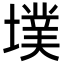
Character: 墣